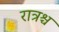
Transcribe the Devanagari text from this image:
रात्रश्च